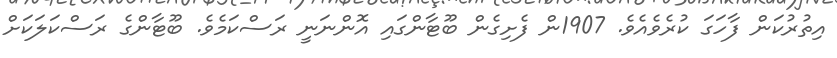
އިތުރުކަން ފާހަގަ ކުރެވެއެވެ. 1907ން ފެށިގެން ބޫޓާންގައި އޮންނަނީ ރަސްކަމެވެ. ބޫޓާންގެ ރަސްކަލަކަށް